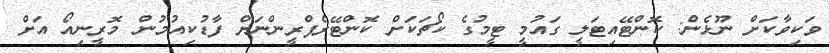
ވަކިވާކަށް ނޫޅެން: ކޮންޓޭއިޓަލީ ގައުމީ ޓީމުގެ ކޯޗަކަށް ކޮންޓޭރެފްރީންނަށް ފާޑުކިއުމުން މޮރީނިއޯ އަށް